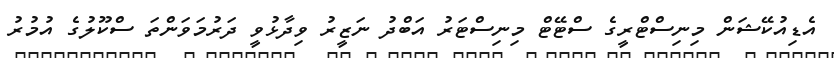
އެޑިއުކޭޝަން މިނިސްޓްރީގެ ސްޓޭޓް މިނިސްޓަރު އަބްދު ނަޒީރު ވިދާޅުވީ ދަރުމަވަންތަ ސްކޫލުގެ އުމުރު